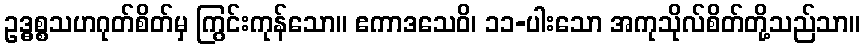
ဥဒ္ဓစ္စသဟဂုတ်စိတ်မှ ကြွင်းကုန်သော။ ဧကာဒသေဝိ၊ ၁၁-ပါးသော အကုသိုလ်စိတ်တို့သည်သာ။